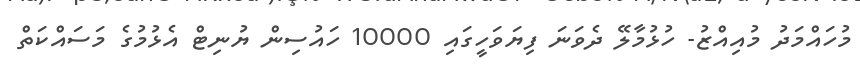
މުހައްމަދު މުއިއްޒު- ހުޅުމާލޭ ދެވަނަ ފިޔަވަހީގައި 10000 ހައުސިން ޔުނިޓް އެޅުމުގެ މަސައްކަތް